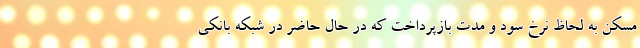
مسکن به لحاظ نرخ سود و مدت بازپرداخت که در حال حاضر در شبکه بانکی